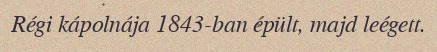
Régi kápolnája 1843-ban épült, majd leégett.